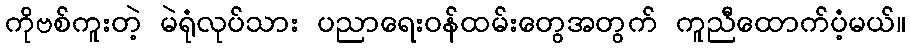
ကိုဗစ်ကူးတဲ့ မဲရုံလုပ်သား ပညာရေးဝန်ထမ်းတွေအတွက် ကူညီထောက်ပံ့မယ်။